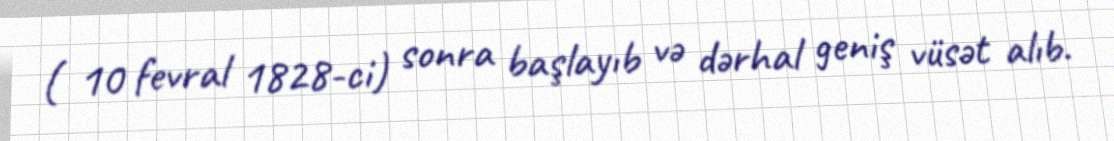
( 10 fevral 1828-ci) sonra başlayıb və dərhal geniş vüsət alıb.